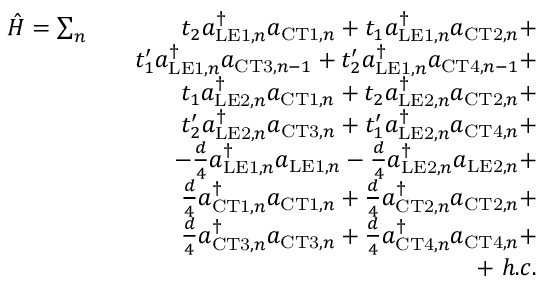
\begin{array} { r l r } { \hat { H } = \sum _ { n } } & { } & { t _ { 2 } a _ { \mathrm { L E 1 } , n } ^ { \dagger } a _ { \mathrm { C T 1 } , n } + t _ { 1 } a _ { \mathrm { L E 1 } , n } ^ { \dagger } a _ { \mathrm { C T 2 } , n } + } \\ & { } & { t _ { 1 } ^ { \prime } a _ { \mathrm { L E 1 } , n } ^ { \dagger } a _ { \mathrm { C T 3 } , n - 1 } + t _ { 2 } ^ { \prime } a _ { \mathrm { L E 1 } , n } ^ { \dagger } a _ { \mathrm { C T 4 } , n - 1 } + } \\ & { } & { t _ { 1 } a _ { \mathrm { L E 2 } , n } ^ { \dagger } a _ { \mathrm { C T 1 } , n } + t _ { 2 } a _ { \mathrm { L E 2 } , n } ^ { \dagger } a _ { \mathrm { C T 2 } , n } + } \\ & { } & { t _ { 2 } ^ { \prime } a _ { \mathrm { L E 2 } , n } ^ { \dagger } a _ { \mathrm { C T 3 } , n } + t _ { 1 } ^ { \prime } a _ { \mathrm { L E 2 } , n } ^ { \dagger } a _ { \mathrm { C T 4 } , n } + } \\ & { } & { - \frac { d } { 4 } a _ { \mathrm { L E 1 } , n } ^ { \dagger } a _ { \mathrm { L E 1 } , n } - \frac { d } { 4 } a _ { \mathrm { L E 2 } , n } ^ { \dagger } a _ { \mathrm { L E 2 } , n } + } \\ & { } & { \frac { d } { 4 } a _ { \mathrm { C T 1 } , n } ^ { \dagger } a _ { \mathrm { C T 1 } , n } + \frac { d } { 4 } a _ { \mathrm { C T 2 } , n } ^ { \dagger } a _ { \mathrm { C T 2 } , n } + } \\ & { } & { \frac { d } { 4 } a _ { \mathrm { C T 3 } , n } ^ { \dagger } a _ { \mathrm { C T 3 } , n } + \frac { d } { 4 } a _ { \mathrm { C T 4 } , n } ^ { \dagger } a _ { \mathrm { C T 4 } , n } + } \\ & { } & { + \ h . c . } \end{array}